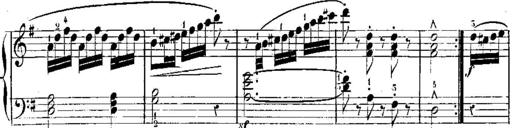
Title: 3 Piano Sonatines
Composer: Jacques-Louis Battmann
Key: C major
 G major
 F major